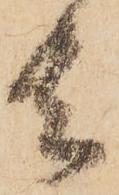
去